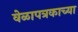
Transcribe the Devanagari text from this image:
वेळापत्रकाच्या